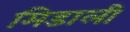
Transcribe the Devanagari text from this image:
मिडाली